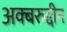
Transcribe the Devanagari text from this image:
अक्बरुद्दीन